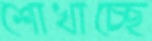
শোখাচ্ছে